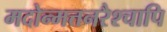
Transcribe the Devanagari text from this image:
मदोन्मत्तनरैश्‍चापि